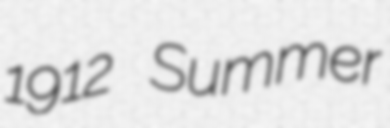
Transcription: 1912 Summer